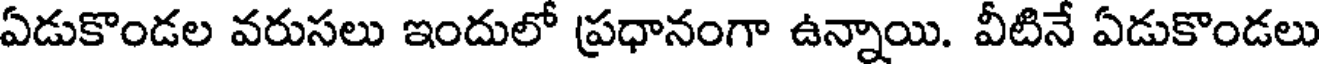
ఏడుకొండల వరుసలు ఇందులో ప్రధానంగా ఉన్నాయి. వీటినే ఏడుకొండలు